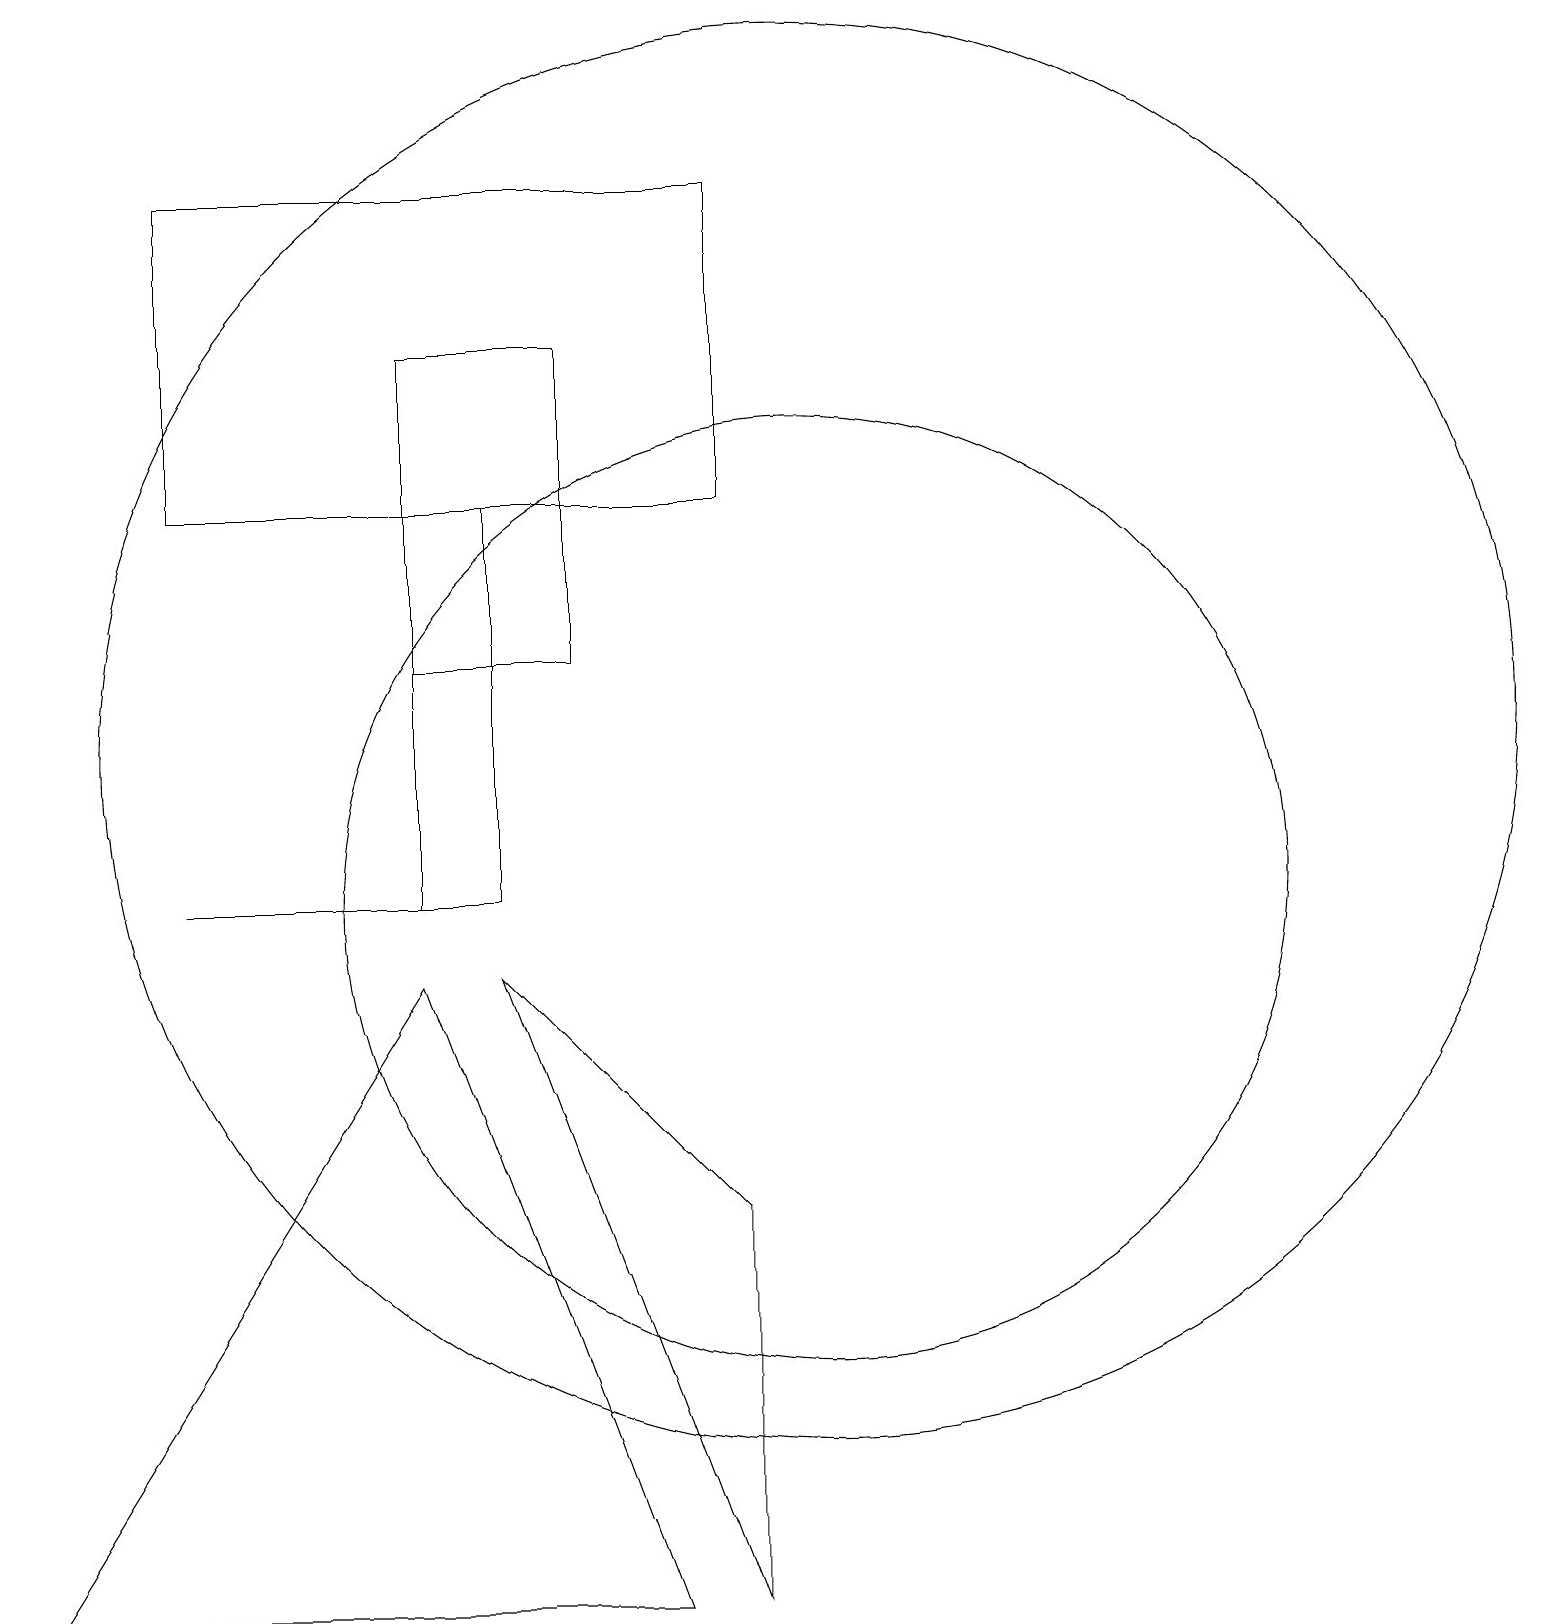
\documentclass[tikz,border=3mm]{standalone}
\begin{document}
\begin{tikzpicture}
\draw (6,9) -- (9,6) -- (9,1) -- cycle;
\draw (9,19) rectangle (2,15);
\draw (10,12) circle (9);
\draw (2,10) rectangle (5,10);
\draw (10,10) circle (6);
\draw (8,1) -- (5,9) -- (0,1) -- cycle;
\draw (7,17) rectangle (5,13);
\draw (5,10) rectangle (6,15);
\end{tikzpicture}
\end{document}